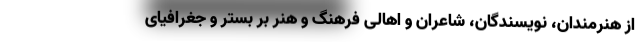
از هنرمندان، نویسندگان، شاعران و اهالی فرهنگ و هنر بر بستر و جغرافیای